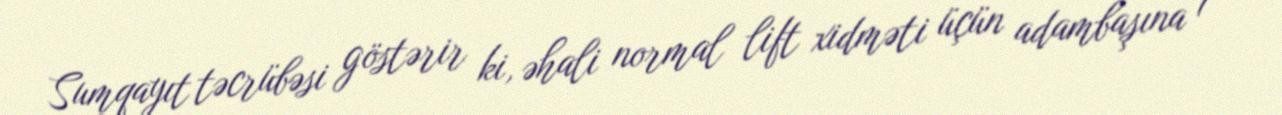
Sumqayıt təcrübəsi göstərir ki, əhali normal lift xidməti üçün adambaşına 1